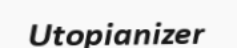
Utopianizer